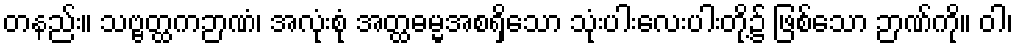
တနည်း။ သဗ္ဗတ္ထကဉာဏံ၊ အလုံးစုံ အတ္ထဓမ္မအစရှိသော သုံးပါးလေးပါးတို့၌ ဖြစ်သော ဉာဏ်ကို။ ဝါ၊